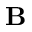
{ \mathbf B }